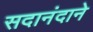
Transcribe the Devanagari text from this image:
सदानंदाने